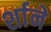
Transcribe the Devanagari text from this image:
र्शाने